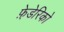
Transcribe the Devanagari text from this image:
फ़े़डेरिको